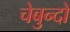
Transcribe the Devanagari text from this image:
चेबुन्दो